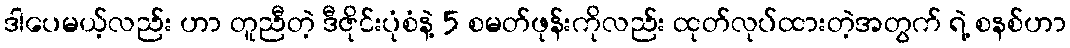
ဒါပေမယ့်လည်း ဟာ တူညီတဲ့ ဒီဇိုင်းပုံစံနဲ့ 5 စမတ်ဖုန်းကိုလည်း ထုတ်လုပ်ထားတဲ့အတွက် ရဲ့ စနစ်ဟာ